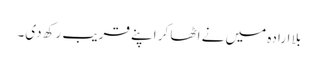
بلا ارادہ میں نے اٹھا کر اپنے قریب رکھ دی۔